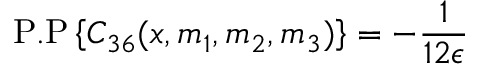
\mathrm { P . P } \left\{ C _ { 3 6 } ( x , m _ { 1 } , m _ { 2 } , m _ { 3 } ) \right\} = - \frac { 1 } { 1 2 \epsilon }